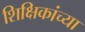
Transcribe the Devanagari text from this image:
शिक्षिकांच्या